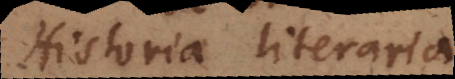
Historia literaria.